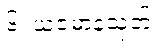
၆၊ ယဇမာနသုတ်